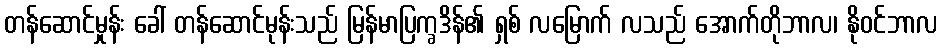
တန်ဆောင်မှုန်း ခေါ် တန်ဆောင်မုန်းသည် မြန်မာပြက္ခဒိန်၏ ရှစ် လမြောက် လသည် အောက်တိုဘာလ၊ နိုဝင်ဘာလ